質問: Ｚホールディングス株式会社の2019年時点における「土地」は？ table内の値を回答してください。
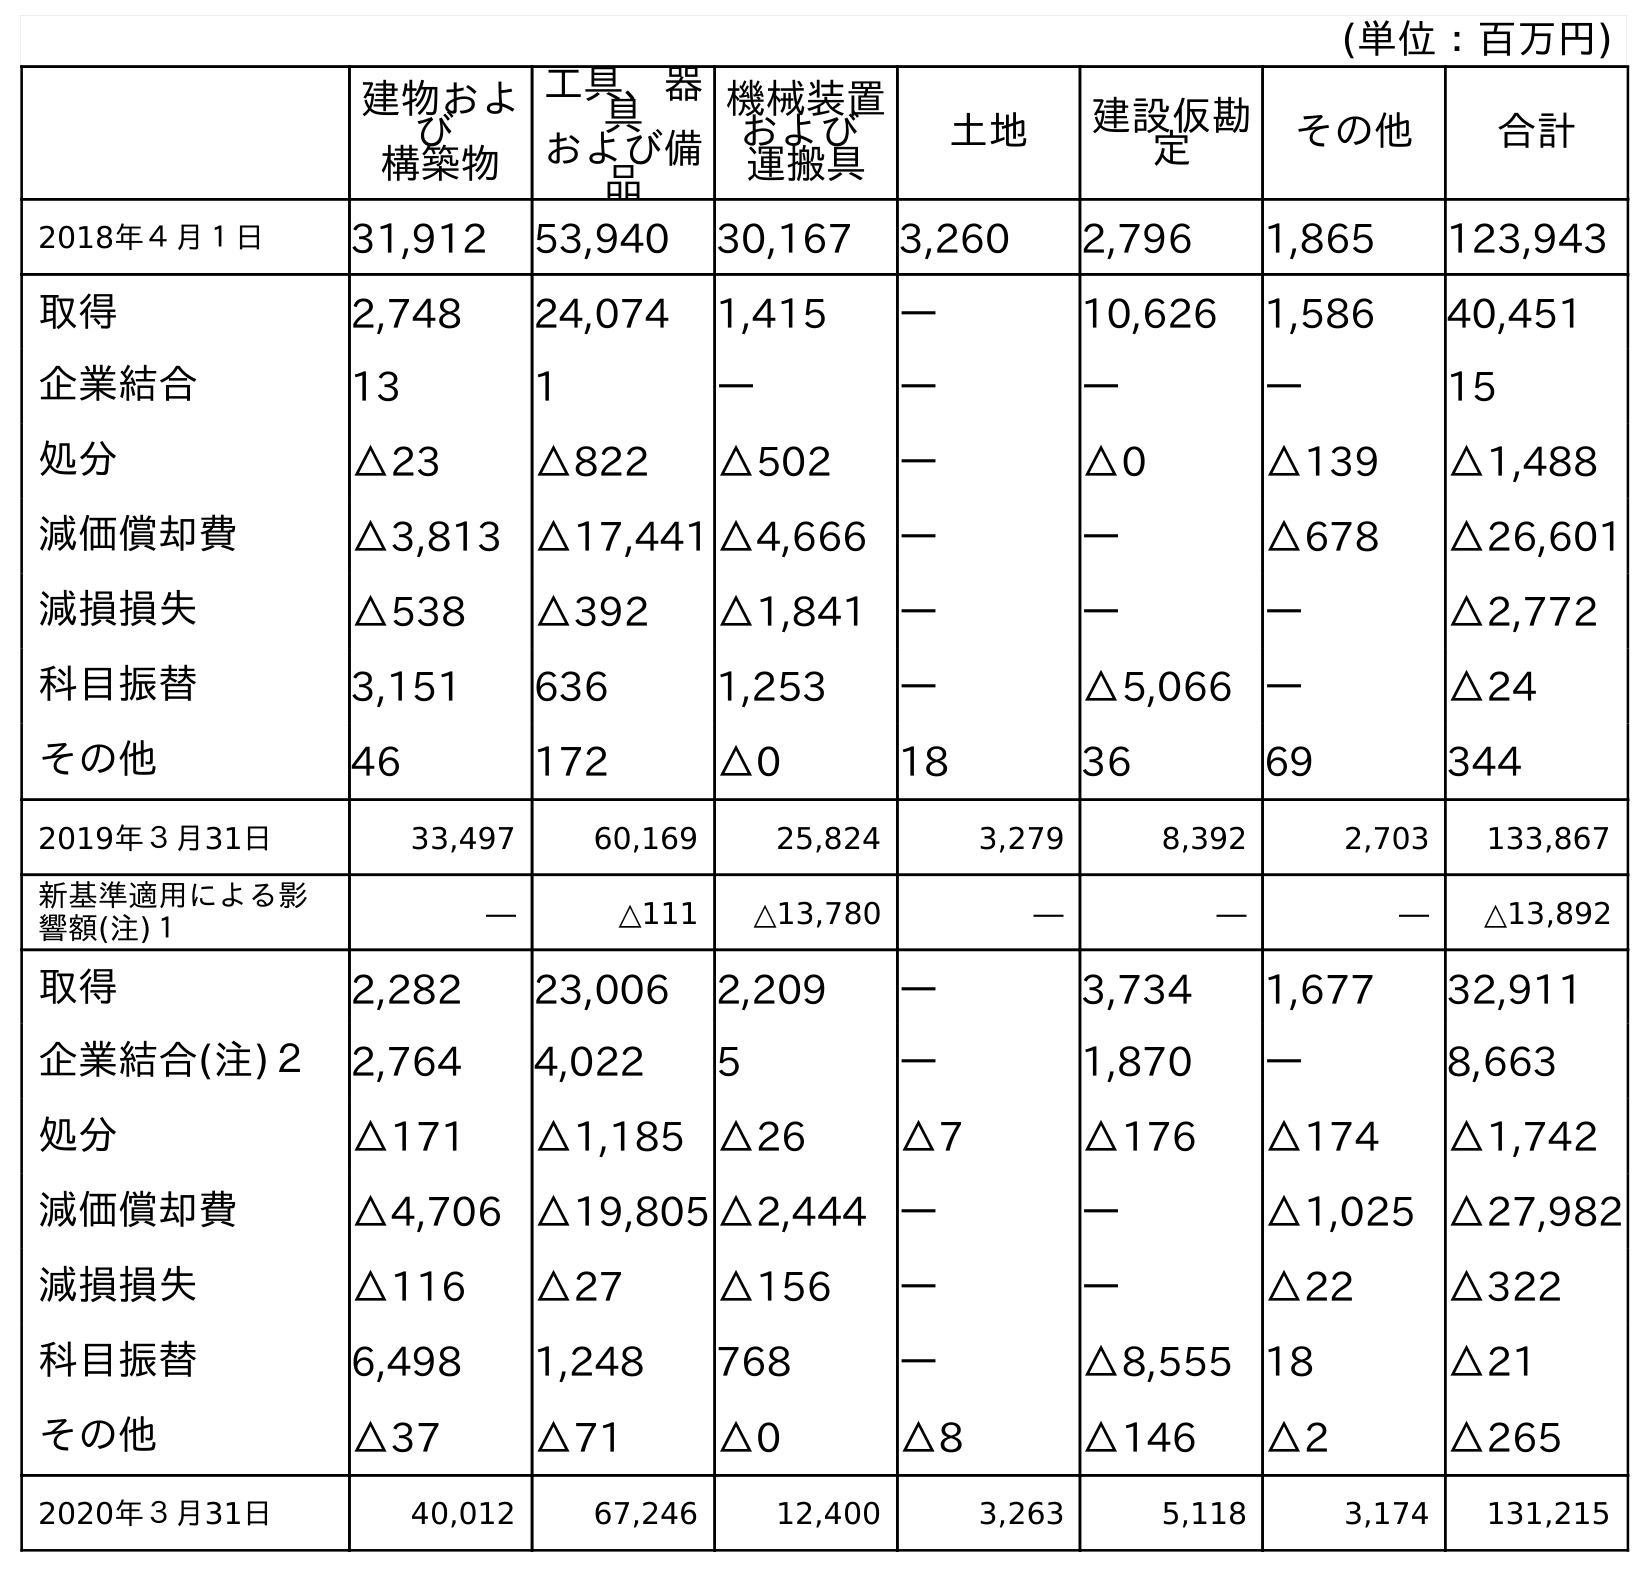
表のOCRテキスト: (単位：百万円) 建物およ び 構築物 工具、器 具 および備 品 機械装置 および 運搬具 土地 建設仮勘 定 その他 合計 2018年４月１日 31,912 53,940 30,167 3,260 2,796 1,865 123,943 取得 2,748 24,074 1,415 ― 10,626 1,586 40,451 企業結合 13 1 ― ― ― ― 15 処分 △23 △822 △502 ― △0 △139 △1,488 減価償却費 △3,813 △17,441 △4,666 ― ― △678 △26,601 減損損失 △538 △392 △1,841 ― ― ― △2,772 科目振替 3,151 636 1,253 ― △5,066 ― △24 その他 46 172 △0 18 36 69 344 2019年３月31日 33,497 60,169 25,824 3,279 8,392 2,703 133,867 新基準適用による影 響額(注)１ ― △111 △13,780 ― ― ― △13,892 取得 2,282 23,006 2,209 ― 3,734 1,677 32,911 企業結合(注)２ 2,764 4,022 5 ― 1,870 ― 8,663 処分 △171 △1,185 △26 △7 △176 △174 △1,742 減価償却費 △4,706 △19,805 △2,444 ― ― △1,025 △27,982 減損損失 △116 △27 △156 ― ― △22 △322 科目振替 6,498 1,248 768 ― △8,555 18 △21 その他 △37 △71 △0 △8 △146 △2 △265 2020年３月31日 40,012 67,246 12,400 3,263 5,118 3,174 131,215
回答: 3,279